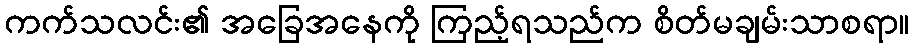
ကက်သလင်း၏ အခြေအနေကို ကြည့်ရသည်က စိတ်မချမ်းသာစရာ။